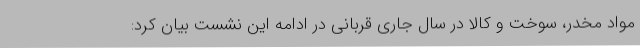
مواد مخدر، سوخت و کالا در سال جاری قربانی در ادامه این نشست بیان کرد: